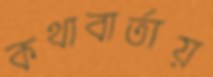
কথাবার্তায়